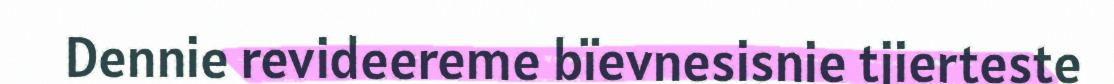
Dennie revideereme bïevnesisnie tjierteste